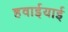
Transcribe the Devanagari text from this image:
हवाईयाई